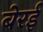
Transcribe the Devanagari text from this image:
बेरई